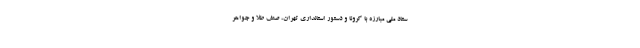
ستاد ملی مبارزه با کرونا و دستور استانداری تهران، صنف طلا و جواهر